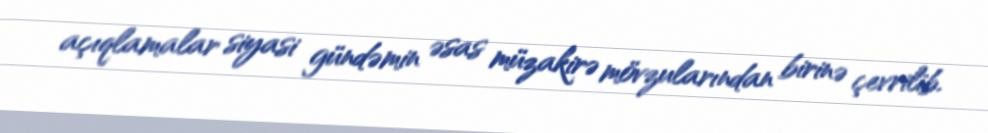
açıqlamalar siyasi gündəmin əsas müzakirə mövzularından birinə çevrilib.